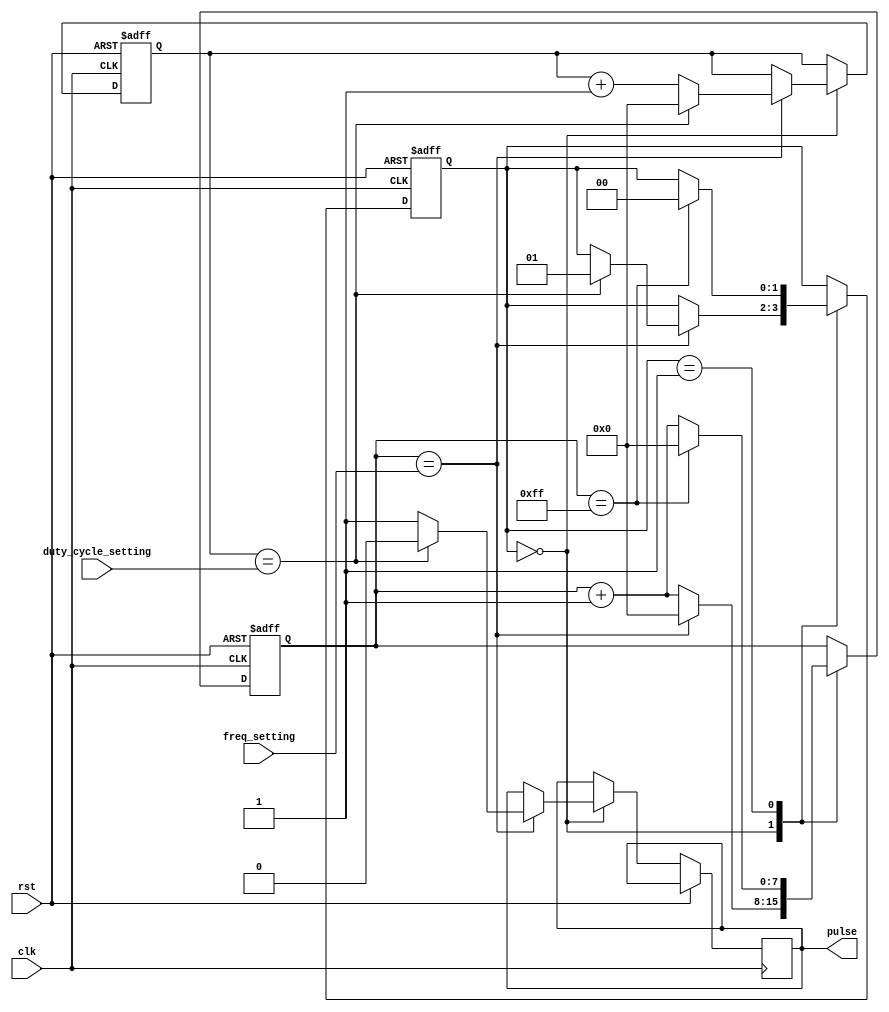
module variable_freq_pulse_generator (
  input wire clk,
  input wire rst,
  input wire [7:0] freq_setting,
  input wire [7:0] duty_cycle_setting,
  output reg pulse
);

  reg [7:0] divider;
  reg [7:0] counter;
  reg [1:0] state;
  
  always @(posedge clk or posedge rst) begin
    if (rst) begin
      divider <= 0;
      counter <= 0;
      state <= 2'b00;
    end else begin
      case (state)
        2'b00: begin // Idle state
          if (divider == freq_setting) begin
            pulse <= 1;
            counter <= counter + 1;
            if (counter == duty_cycle_setting) begin
              pulse <= 0;
              counter <= 0;
              state <= 2'b01; // Duty cycle end, move to post-pulse state
            end
            divider <= 0;
          end else begin
            divider <= divider + 1;
          end
        end
        2'b01: begin // Post-pulse state
          if (divider == 255) begin
            state <= 2'b00; // Move back to idle state
            divider <= 0;
          end else begin
            divider <= divider + 1;
          end
        end
      endcase
    end
  end

endmodule